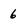
Character: 6